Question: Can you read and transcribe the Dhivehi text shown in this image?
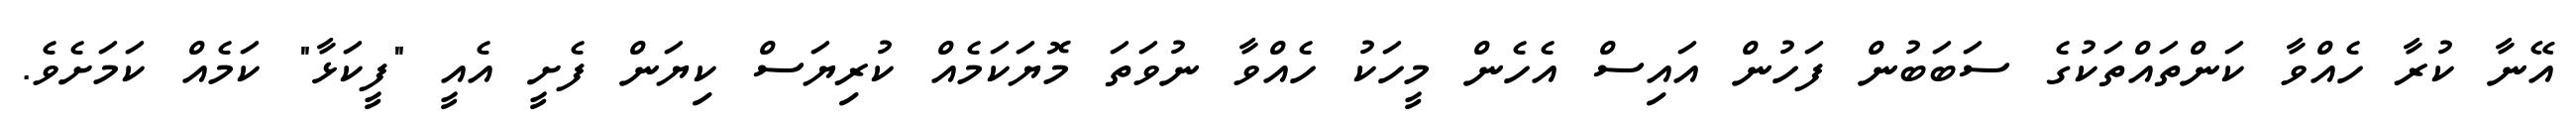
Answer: އޭނާ ކުރާ ހެއްވާ ކަންތައްތަކުގެ ސަބަބުން ފަހުން އައިސް އެހެން މީހަކު ހެއްވާ ނުވަތަ މޮޔަކަމެއް ކުރިޔަސް ކިޔަން ފެށީ އެއީ "ފީކަޅާ" ކަމެއް ކަމަށެވެ.